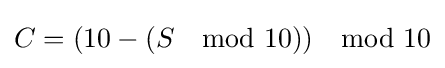
C=(10-(S\mod 10))\mod 10